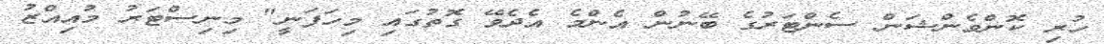
ހުރި ކޮންވެންޝަން ސެންޓަރުގެ ބޭނުން އެންމެ އެދެވޭ ގޮތުގައި މިހަފަނީ" މިނިސްޓަރު މުއިއްޒު